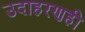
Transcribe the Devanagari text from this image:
उदाहरणही